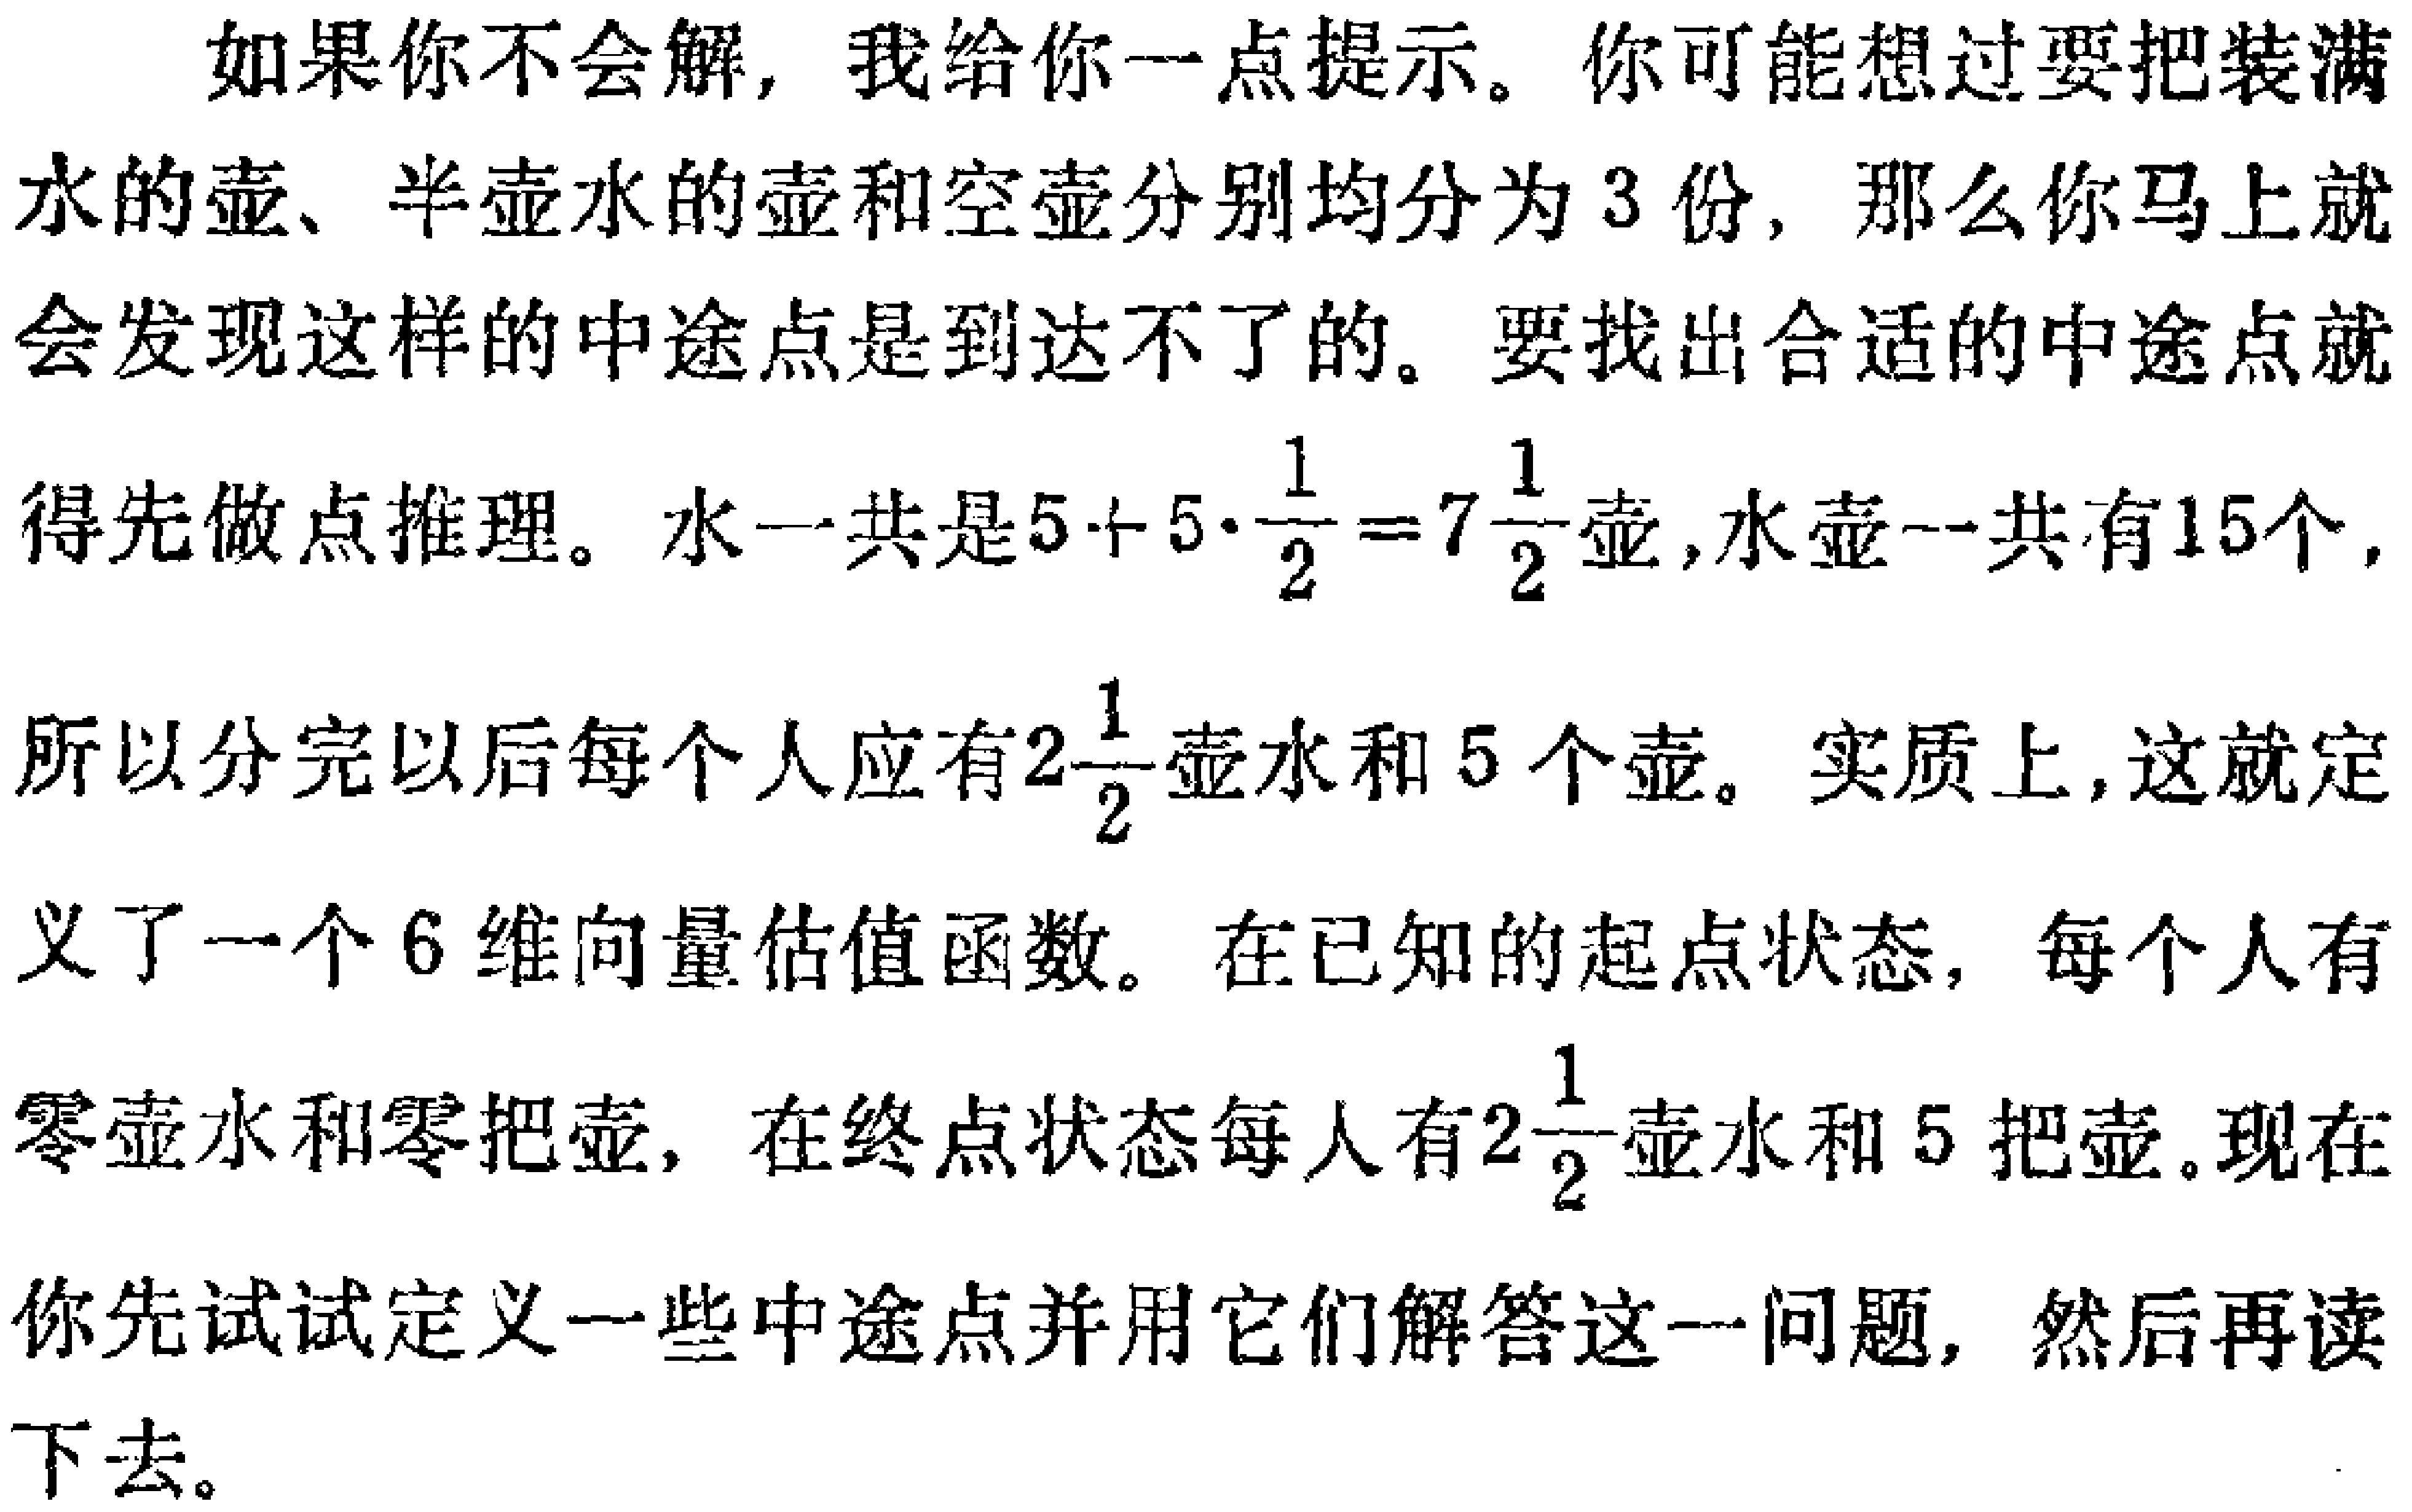
如果你不会解，我给你一点提示。你可能想过要把装满水的壶、半壶水的壶和空壶分别均分为3份，那么你马上就会发现这样的中途点是到达不了的。要找出合适的中途点就得先做点推理。水一共是\(5 + 5\cdot\frac{1}{2}=7\frac{1}{2}\)壶，水壶一共有15个，所以分完以后每个人应有\(2\frac{1}{2}\)壶水和5个壶。实质上，这就定义了一个6维向量估值函数。在已知的起点状态，每个人有零壶水和零把壶，在终点状态每人有\(2\frac{1}{2}\)壶水和5把壶。现在你先试试定义一些中途点并用它们解答这一问题，然后再读下去。